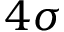
4 \sigma